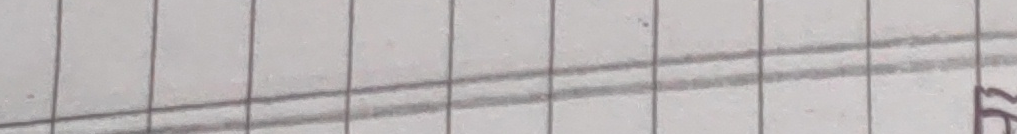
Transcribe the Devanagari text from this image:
८